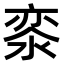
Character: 𣷖